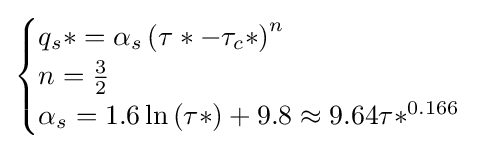
{\begin{cases}q_{s}*=\alpha _{s}\left(\tau *-\tau _{c}*\right)^{n}\\n={\frac {3}{2}}\\\alpha _{s}=1.6\ln \left(\tau *\right)+9.8\approx 9.64\tau *^{0.166}\end{cases}}